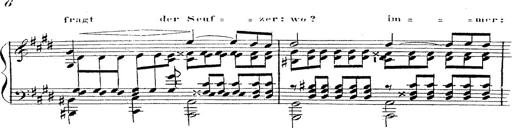
Title: 12 Lieder von Franz Schubert
Composer: Franz Liszt